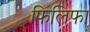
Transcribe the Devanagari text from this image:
फिलिफा